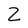
Character: Z